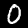
Digit: 0